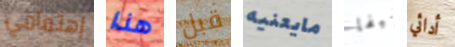
إهتمامي هذا قبل مايعنيه شيفا أدائي